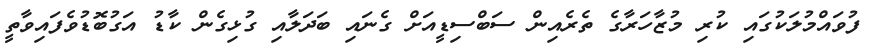
ފުވައްމުލަކުގައި ކުރި މުޒާހަރާގެ ތެރެއިން ސަބްސިޑީއަށް ގެނައި ބަދަލާއި ގުޅިގެން ކާޑު އަގުބޮޑުވެފައިވާތީ